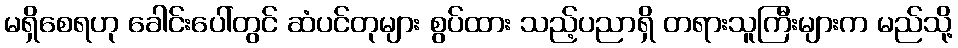
မရှိစေရဟု ခေါင်းပေါ်တွင် ဆံပင်တုများ စွပ်ထား သည့်ပညာရှိ တရားသူကြီးများက မည်သို့